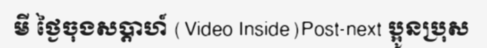
មី ថ្ងៃចុងសប្តាហ៍ (Video Inside)Post-next ប្អូនប្រុស